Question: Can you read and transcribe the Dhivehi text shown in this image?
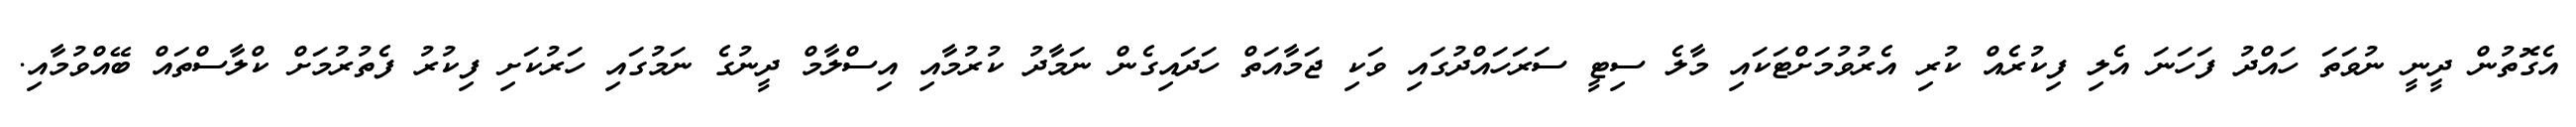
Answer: އެގޮތުން ދީނީ ނުވަތަ ހައްދު ފަހަނަ އެލި ފިކުރެއް ކުރި އެރުވުމަށްޓަކައި މާލެ ސިޓީ ސަރަހައްދުގައި ވަކި ޖަމާއަތް ހަދައިގެން ނަމާދު ކުރުމާއި އިސްލާމް ދީނުގެ ނަމުގައި ހަރުކަށި ފިކުރު ފެތުރުމަށް ކްލާސްތައް ބޭއްވުމާއި.